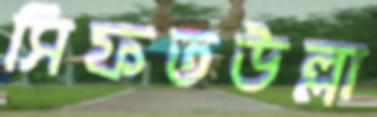
সিফতউল্লা